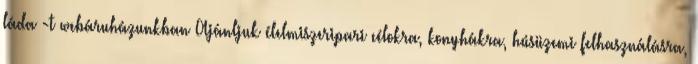
láda -t webáruházunkban Ajánljuk élelmiszeripari célokra, konyhákra, húsüzemi felhasználásra,